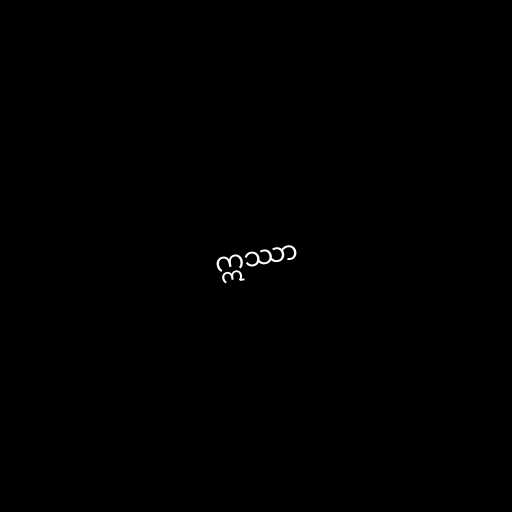
ဣဿာ